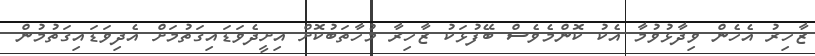
ޒާހިރު އެހެން ވިދާޅުވުމާ އެކު ކޮންމެވެސް ބޭފުޅަކު ޒާހިރާ މުހާތަބުކޮށް އިށީދެވަޑައިގަތުމަށް އެދިވަޑައިގަތުމުން